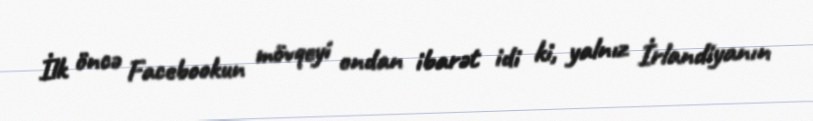
İlk öncə Facebookun mövqeyi ondan ibarət idi ki, yalnız İrlandiyanın